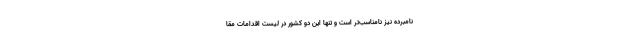
نامبرده نیز نامناسب‌تر است و تنها این دو کشور در لیست اقدامات مقا